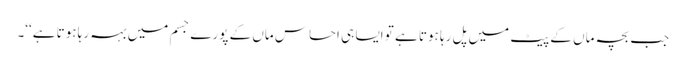
جب بچہ ماں کے پیٹ میں پل رہا ہوتا ہے تو ایسا ہی احساس ماں کے پورے جسم میں بہہ رہا ہوتا ہے‘‘۔